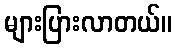
များပြားလာတယ်။